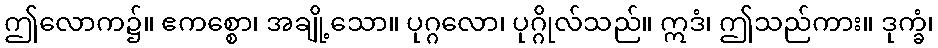
ဤလောက၌။ ဧကစ္စော၊ အချို့သော။ ပုဂ္ဂလော၊ ပုဂ္ဂိုလ်သည်။ ဣဒံ၊ ဤသည်ကား။ ဒုက္ခံ၊